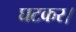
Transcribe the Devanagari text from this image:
घटकर।